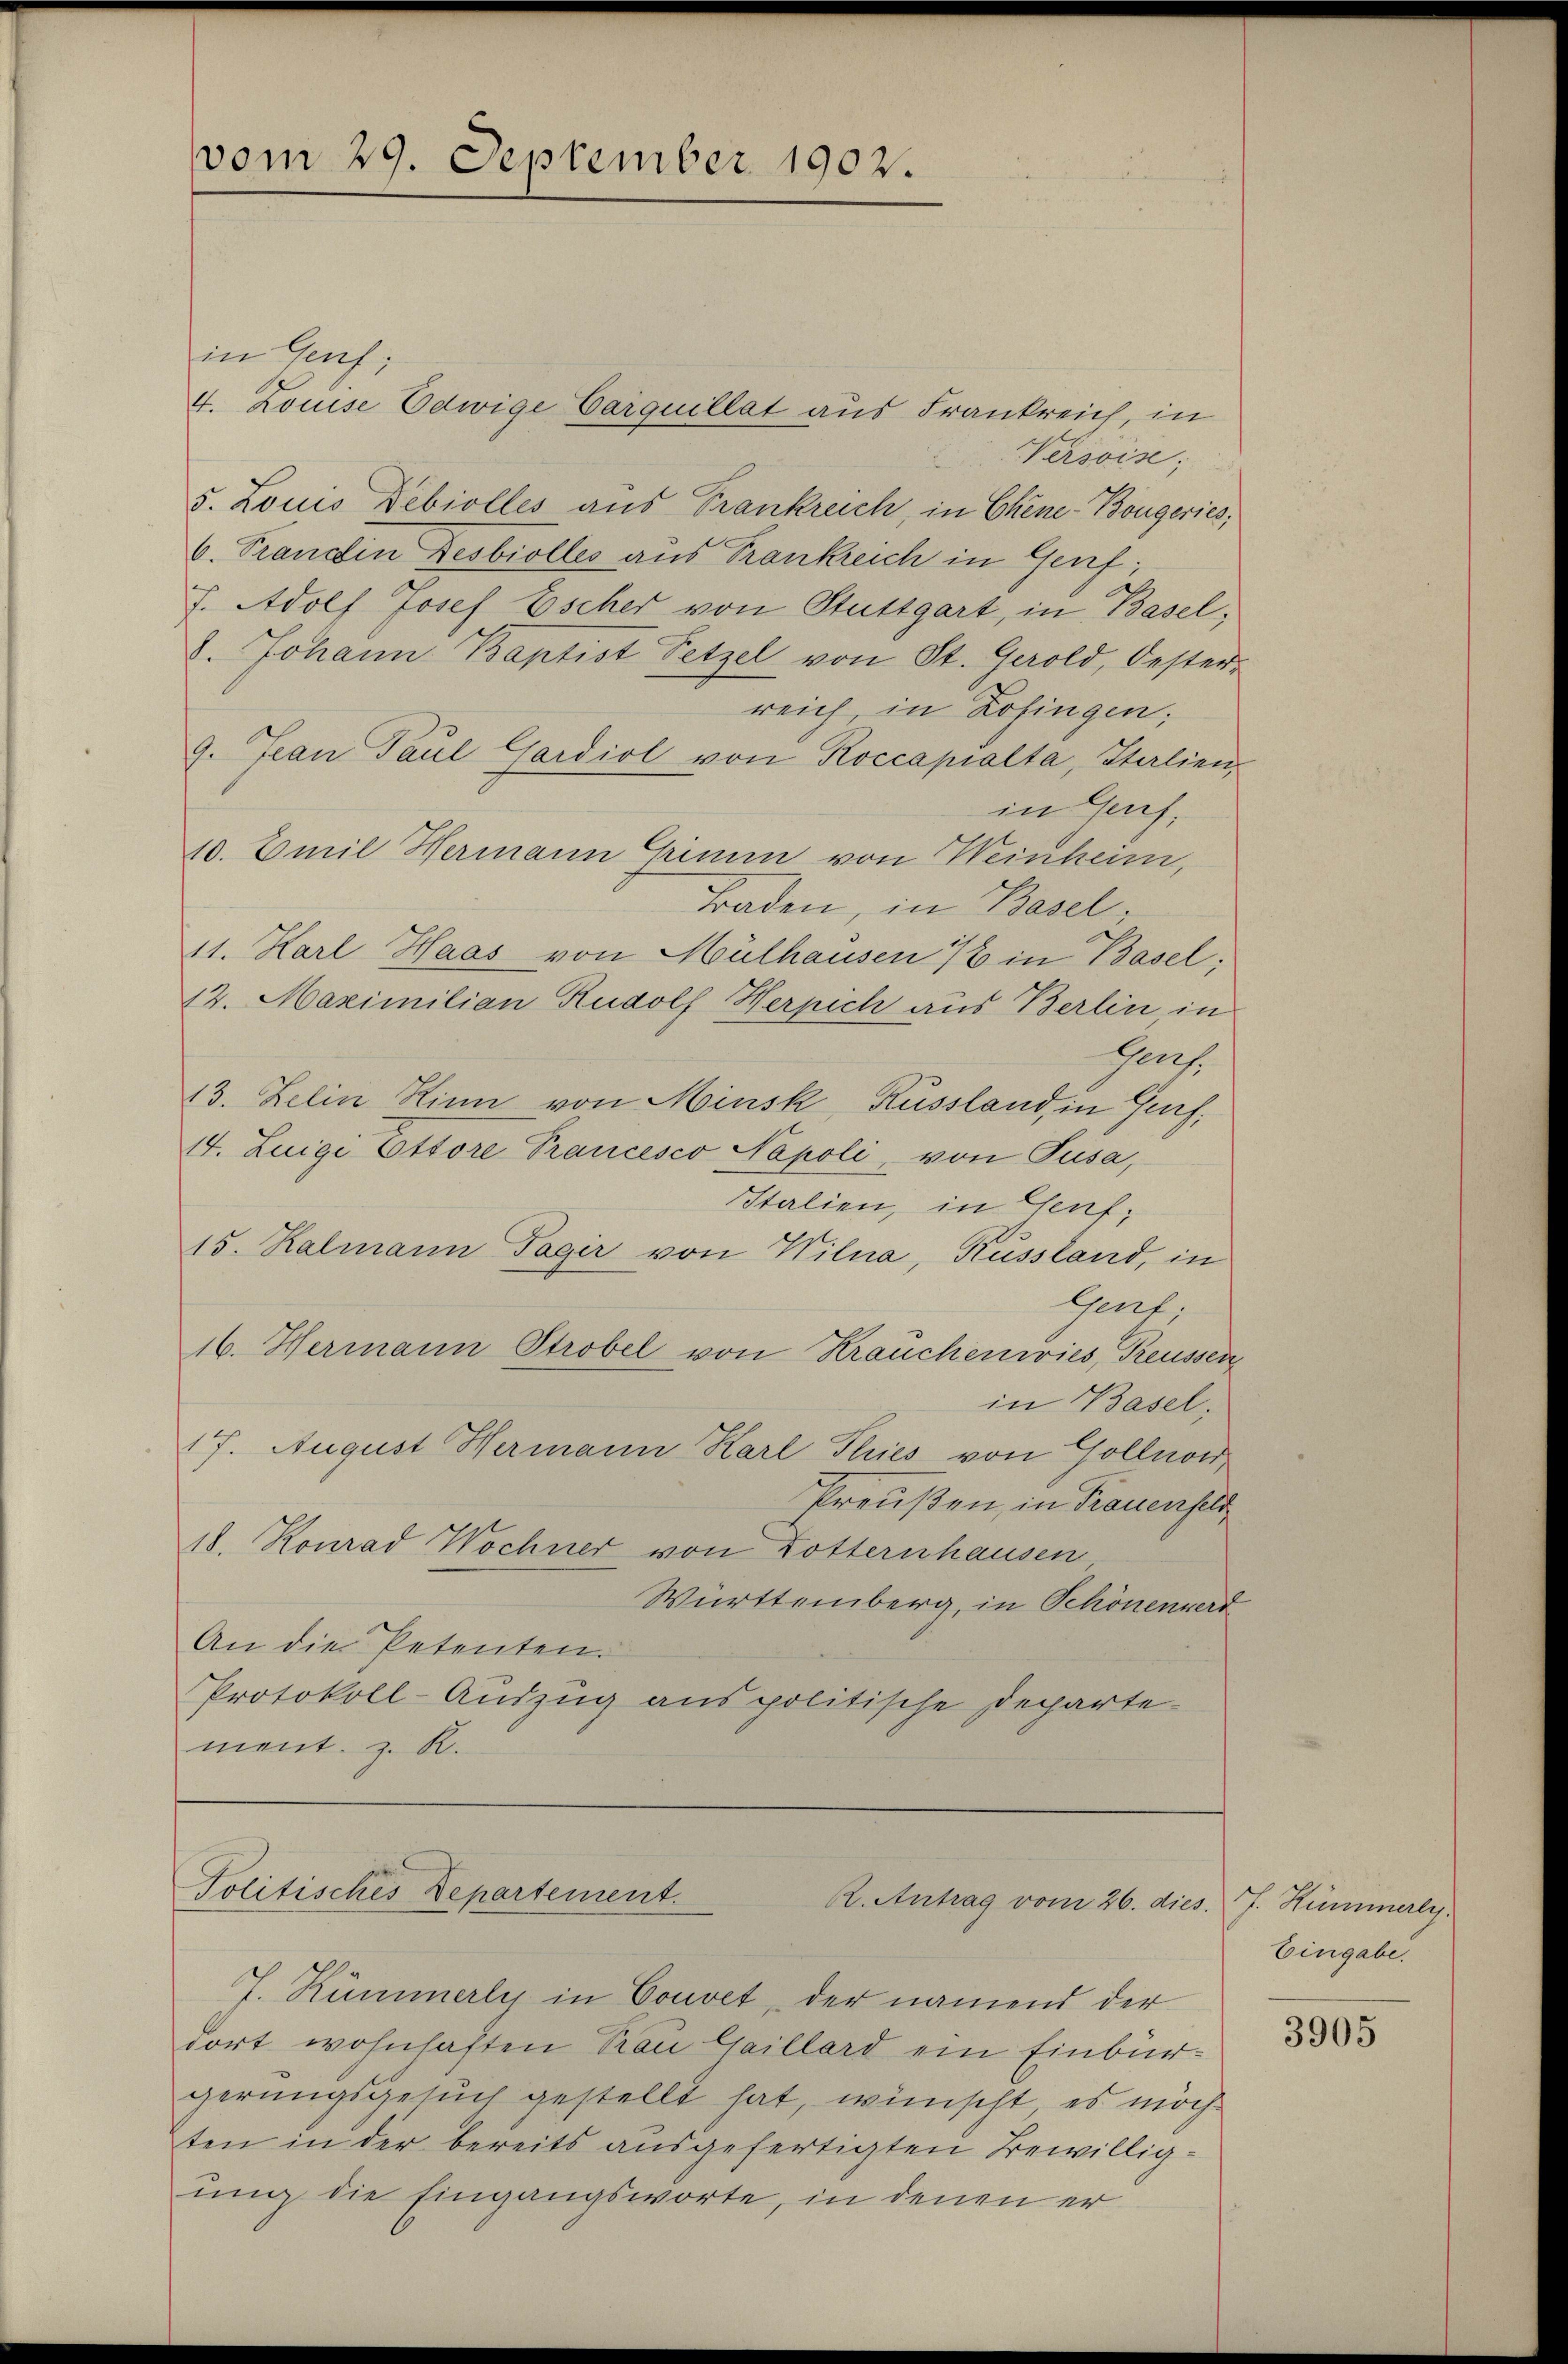
vom 29. September 1902.

in Genf;
4. Louise Edwige Carquillat aus Frankreich, in
Versis;
5. Louis Debiolles aus Frankreich, in Chine-Bougeries;
6. Trandtin Desbiolles aus Frankreich in Genf;
J. Adolf Josef Escher von Stuttgart, in Basel;
8. Johann Baptist Setzel von St. Gerold, Oester-
reich, in Zofingen;
9. Jean Paul Gardiol von Roccapialta, Italien,
in Gais,
10. Emil Hermann Grimin von Weinheim,
Traden, in Basel,
411. Karl Haas von Mülhausen / in Basel;
12. Maximilian Rudolf Herpich aus Berlin, in
Geres.
13. Zelin Kinn von Minsk, Russland, in Gurf,
14. Luigi Ottore Prancesco Napoli von Pusa,
Italien, in Genf,
15. Ralmann Tagir von Wilna, Russland, in
Gent
16. Hermann Strobel von Krauchenwies, Preussen
in Basel.
17. August Hermann Karl Tries von Gollnow,
Preußen, in Frauenfeld
18. Konrad Wochner von Dotternhausen
Württemberg, in Schönenverd
An die Petenten.
Protokoll-Auszug aus politische Departement. z. B.

Politisches Departement.
K. Antrag vom 26. dies. J. Hummerly.

J. Rümmerly in Couvet, der namens der
dort wohnhaften Trau Gaillard ein Einburgerungsgesuch gestellt hat, wünscht, es möchten in der bereits ausgefertigten Bewilliguig die Eingangsworte, in denen er

Eingabe.

3905